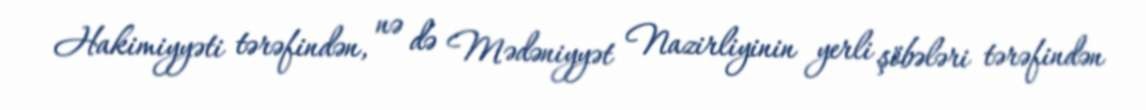
Hakimiyyəti tərəfindən, nə də Mədəniyyət Nazirliyinin yerli şöbələri tərəfindən